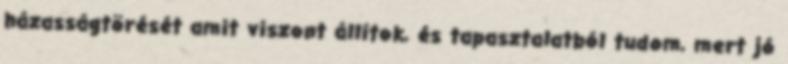
házasságtörését amit viszont állítok, és tapasztalatból tudom, mert jó